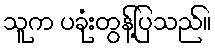
သူက ပခုံးတွန့်ပြသည်။